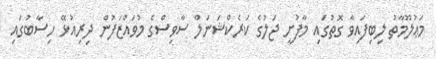
މަޢުލޫމާތު ލިބިފައިވާ ގޮތުގައި މާފުށީ ޖަލުގެ ކަރެކްޝަނަލް ސާވިސްގެ މުވައްޒަފުން ދިރިއުޅޭ ހިސާބުގައި